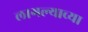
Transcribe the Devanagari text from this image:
लागल्याच्या